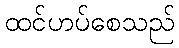
ထင်ဟပ်စေသည်